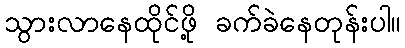
သွားလာနေထိုင်ဖို့ ခက်ခဲနေတုန်းပါ။